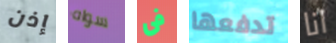
إذن سواه فى تدفعها انا